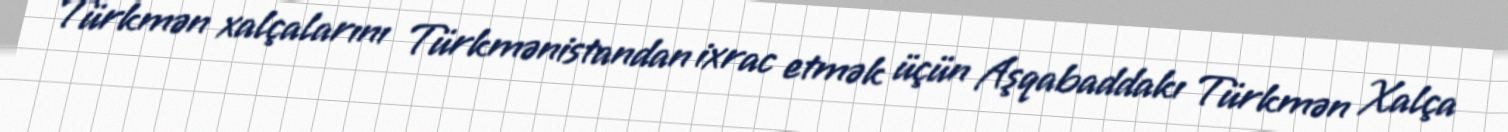
Türkmən xalçalarını Türkmənistandan ixrac etmək üçün Aşqabaddakı Türkmən Xalça